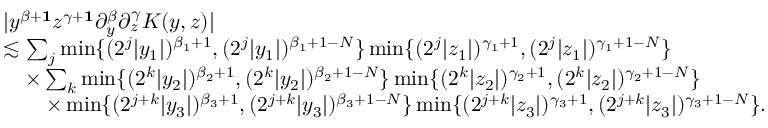
\begin{array} { r l } & { | y ^ { \beta + \mathbf { 1 } } z ^ { \gamma + \mathbf { 1 } } \partial _ { y } ^ { \beta } \partial _ { z } ^ { \gamma } K ( y , z ) | } \\ & { \lesssim \sum _ { j } \operatorname* { m i n } \{ ( 2 ^ { j } | y _ { 1 } | ) ^ { \beta _ { 1 } + 1 } , ( 2 ^ { j } | y _ { 1 } | ) ^ { \beta _ { 1 } + 1 - N } \} \operatorname* { m i n } \{ ( 2 ^ { j } | z _ { 1 } | ) ^ { \gamma _ { 1 } + 1 } , ( 2 ^ { j } | z _ { 1 } | ) ^ { \gamma _ { 1 } + 1 - N } \} } \\ & { \quad \times \sum _ { k } \operatorname* { m i n } \{ ( 2 ^ { k } | y _ { 2 } | ) ^ { \beta _ { 2 } + 1 } , ( 2 ^ { k } | y _ { 2 } | ) ^ { \beta _ { 2 } + 1 - N } \} \operatorname* { m i n } \{ ( 2 ^ { k } | z _ { 2 } | ) ^ { \gamma _ { 2 } + 1 } , ( 2 ^ { k } | z _ { 2 } | ) ^ { \gamma _ { 2 } + 1 - N } \} } \\ & { \qquad \times \operatorname* { m i n } \{ ( 2 ^ { j + k } | y _ { 3 } | ) ^ { \beta _ { 3 } + 1 } , ( 2 ^ { j + k } | y _ { 3 } | ) ^ { \beta _ { 3 } + 1 - N } \} \operatorname* { m i n } \{ ( 2 ^ { j + k } | z _ { 3 } | ) ^ { \gamma _ { 3 } + 1 } , ( 2 ^ { j + k } | z _ { 3 } | ) ^ { \gamma _ { 3 } + 1 - N } \} . } \end{array}